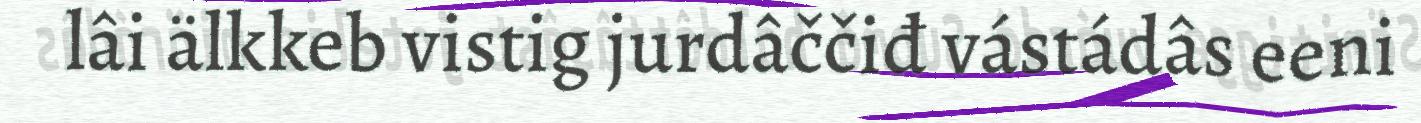
lâi älkkeb vistig jurdâččiđ vástádâs eeni